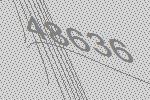
48636